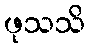
ဖုသသိ